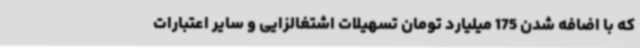
که با اضافه شدن 175 میلیارد تومان تسهیلات اشتغالزایی و سایر اعتبارات